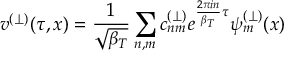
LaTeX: v ^ { ( \perp ) } ( \tau , x ) = \frac { 1 } { \sqrt { \beta _ { T } } } \sum _ { n , m } c _ { n m } ^ { ( \perp ) } e ^ { \frac { 2 \pi i n } { \beta _ { T } } \tau } \psi _ { m } ^ { ( \perp ) } ( x )